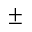
\pm